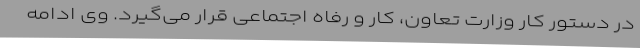
در دستور کار وزارت تعاون، کار و رفاه اجتماعی قرار می‌گیرد. وی ادامه